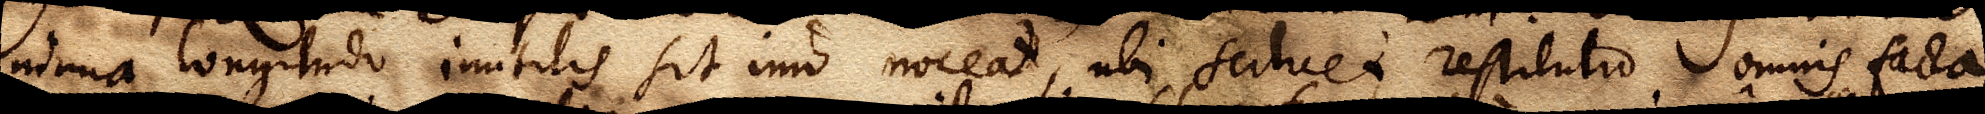
nimia longitudo inutilis sit imo noceat, ubi scilicet restitutio omnis facta